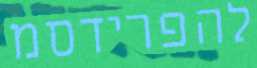
להפרידסמ